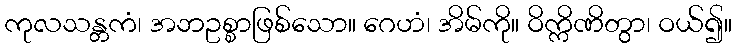
ကုလသန္တကံ၊ အဘဥစ္စာဖြစ်သော။ ဂေဟံ၊ အိမ်ကို။ ဝိက္ကိဏိတွာ၊ ဝယ်၍။